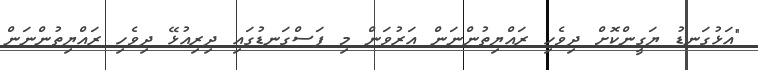
"އަޅުގަނޑު ޔަގީންކޮށް ދިވެހި ރައްޔިތުންނަން އަރުވަން މި ފަސްގަނޑުގައި ދިރިއުޅޭ ދިވެހި ރައްޔިތުންނަން